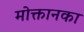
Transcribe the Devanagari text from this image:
मोक्तानका